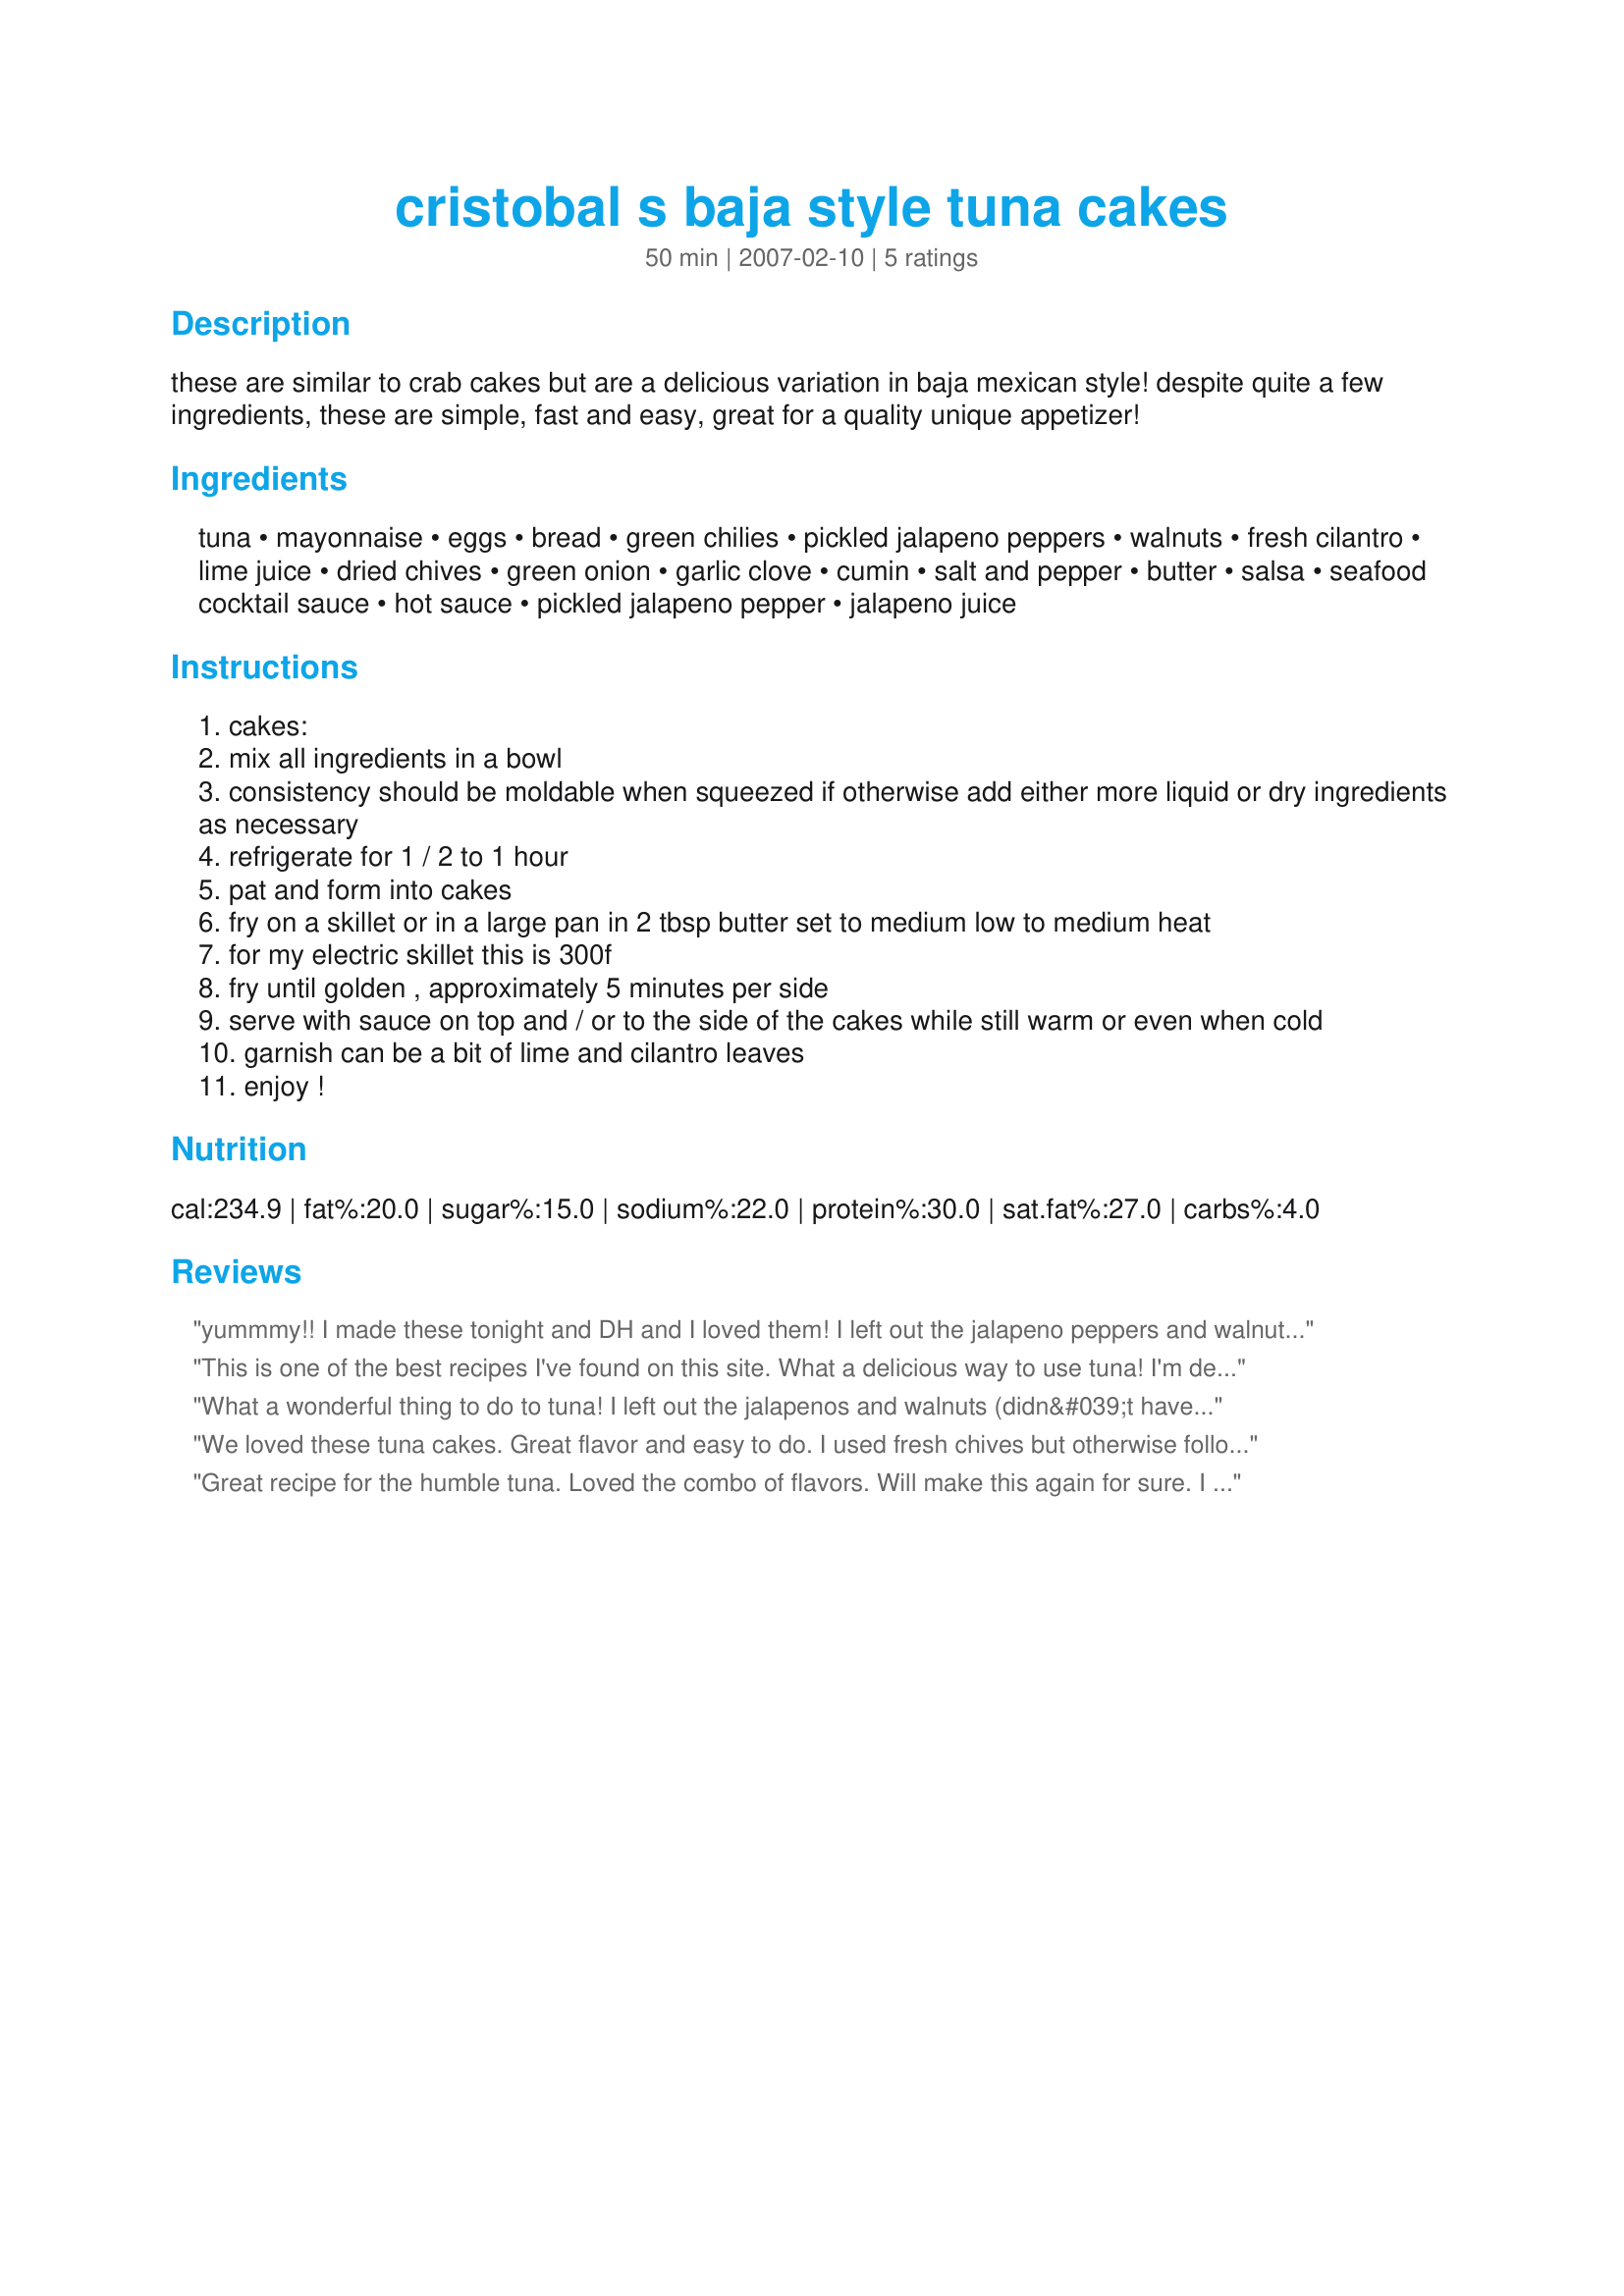
cristobal s baja style tuna cakes
Preparation time: 50 minutes

these are similar to crab cakes but are a delicious variation in baja mexican style! despite quite a few ingredients, these are simple, fast and easy, great for a quality unique appetizer!

Ingredients:
tuna, mayonnaise, eggs, bread, green chilies, pickled jalapeno peppers, walnuts, fresh cilantro, lime juice, dried chives, green onion, garlic clove, cumin, salt and pepper, butter, salsa, seafood cocktail sauce, hot sauce, pickled jalapeno pepper, jalapeno juice

Steps:
cakes:
mix all ingredients in a bowl
consistency should be moldable when squeezed if otherwise add either more liquid or dry ingredients as necessary
refrigerate for 1 / 2 to 1 hour
pat and form into cakes
fry on a skillet or in a large pan in 2 tbsp butter set to medium low to medium heat
for my electric skillet this is 300f
fry until golden , approximately 5 minutes per side
serve with sauce on top and / or to the side of the cakes while still warm or even when cold
garnish can be a bit of lime and cilantro leaves
enjoy !

Reviews:
yummmy!! I made these tonight and DH and I loved them! I left out the jalapeno peppers and walnuts because I didn't have any, and had to sub regular onions for the green onions and chives. Also, I baked in the oven instead of frying in butter. Used a peach salsa in the sauce and the flavor was great with the tuna cake. thanks!
This is one of the best recipes I've found on this site. What a delicious way to use tuna! I'm definitely putting this in the regular meal rotation.
What a wonderful thing to do to tuna! I left out the jalapenos and walnuts (didn&#039;t have any) and was low on cilantro so used half fresh half dried. Here in Malta, the sauce ingredients aren&#039;t really available, so I improvised with some mayo mixed with Mexican Seasoning (from the States) and it worked nicely. Even just plain tartar sauce would be fine, since the cakes have so much flavor! Served with sweet potato fries and mixed veg. for an easy dinner. Thanks so much!
We loved these tuna cakes. Great flavor and easy to do. I used fresh chives but otherwise followed the recipe. I may cut the sauce in half as we had lots left. I served with coleslaw and was a great meal. We will definitely have this many times in the future.
Great recipe for the humble tuna. Loved the combo of flavors. Will make this again for sure. I did make a few changes....I used cracker meal instead of the bread. Came out great!
Thanks!!!
